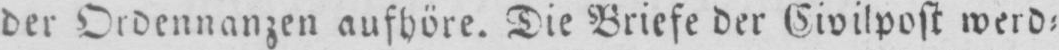
der Ordennanzen aufhöre. Die Briefe der Civilpost werd⸗